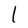
Character: I